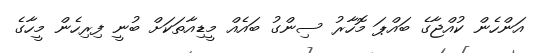
އަންހެން ކުއްޖާގެ ބައްޕަ މޮހާރު ސިންގު ބައެއް މީޑިއާތަކަށް ބުނީ ފިރިހެން މީހާގެ